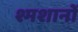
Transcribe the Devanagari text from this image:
श्मशानों